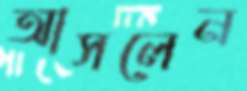
আসলেন